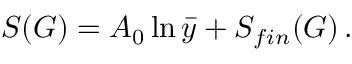
S ( { \cal G } ) = A _ { 0 } \ln \bar { y } + S _ { f i n } ( { \cal G } ) \, .